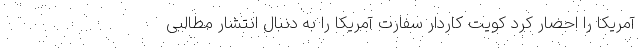
آمریکا را احضار کرد کویت کاردار سفارت آمریکا را به دنبال انتشار مطالبی